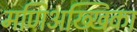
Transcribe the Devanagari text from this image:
मणिअख्खिका